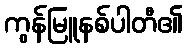
ကွန်မြူနစ်ပါတီ၏